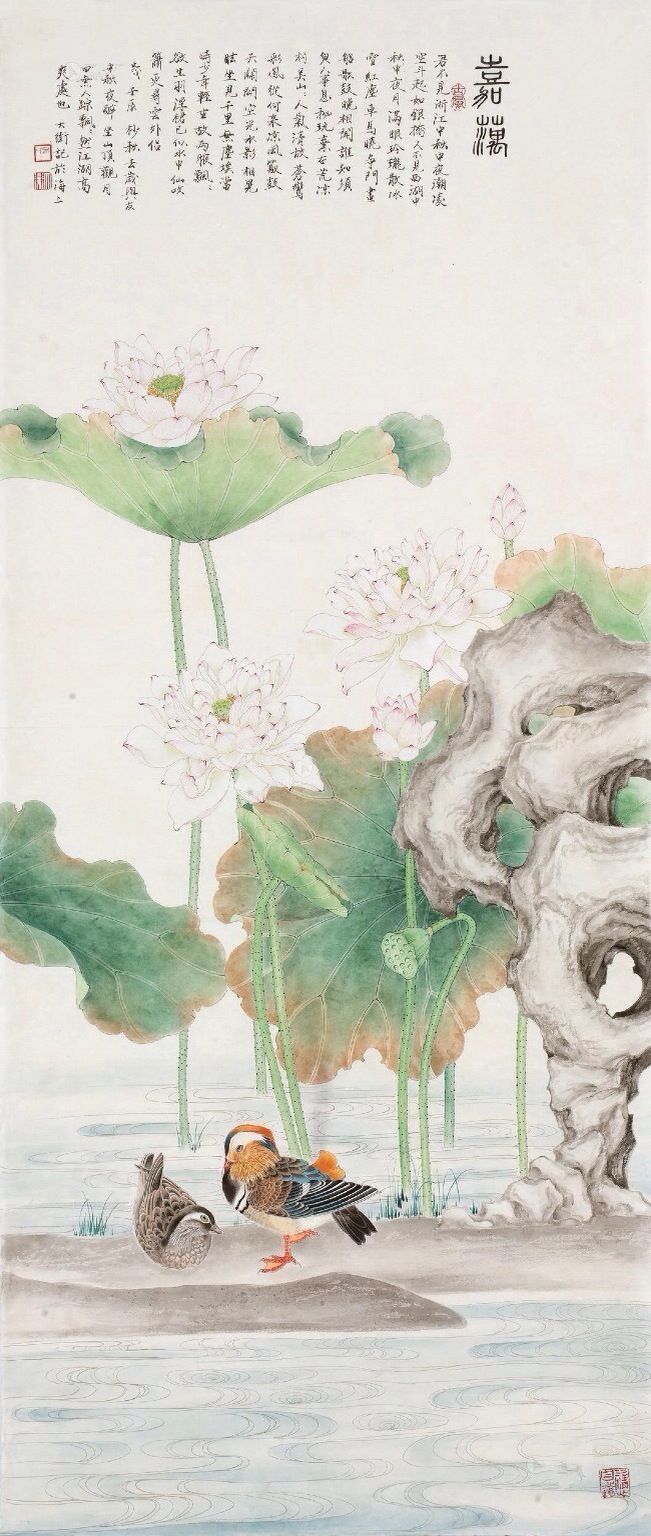
草色青青柳色黄，桃花历乱李花香。